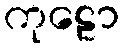
ကုဠော